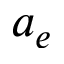
a _ { e }